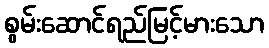
စွမ်းဆောင်ရည်မြင့်မားသော